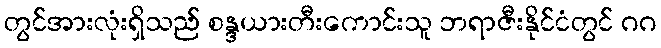
တွင်အားလုံးရှိသည် စန္ဒယားတီးကောင်းသူ ဘရာဇီးနိုင်ငံတွင် ဂဂ